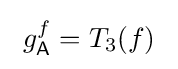
\ g_{\mathsf {A}}^{f}=T_{3}(f)\